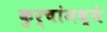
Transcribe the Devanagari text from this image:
कुर्चांमध्ये